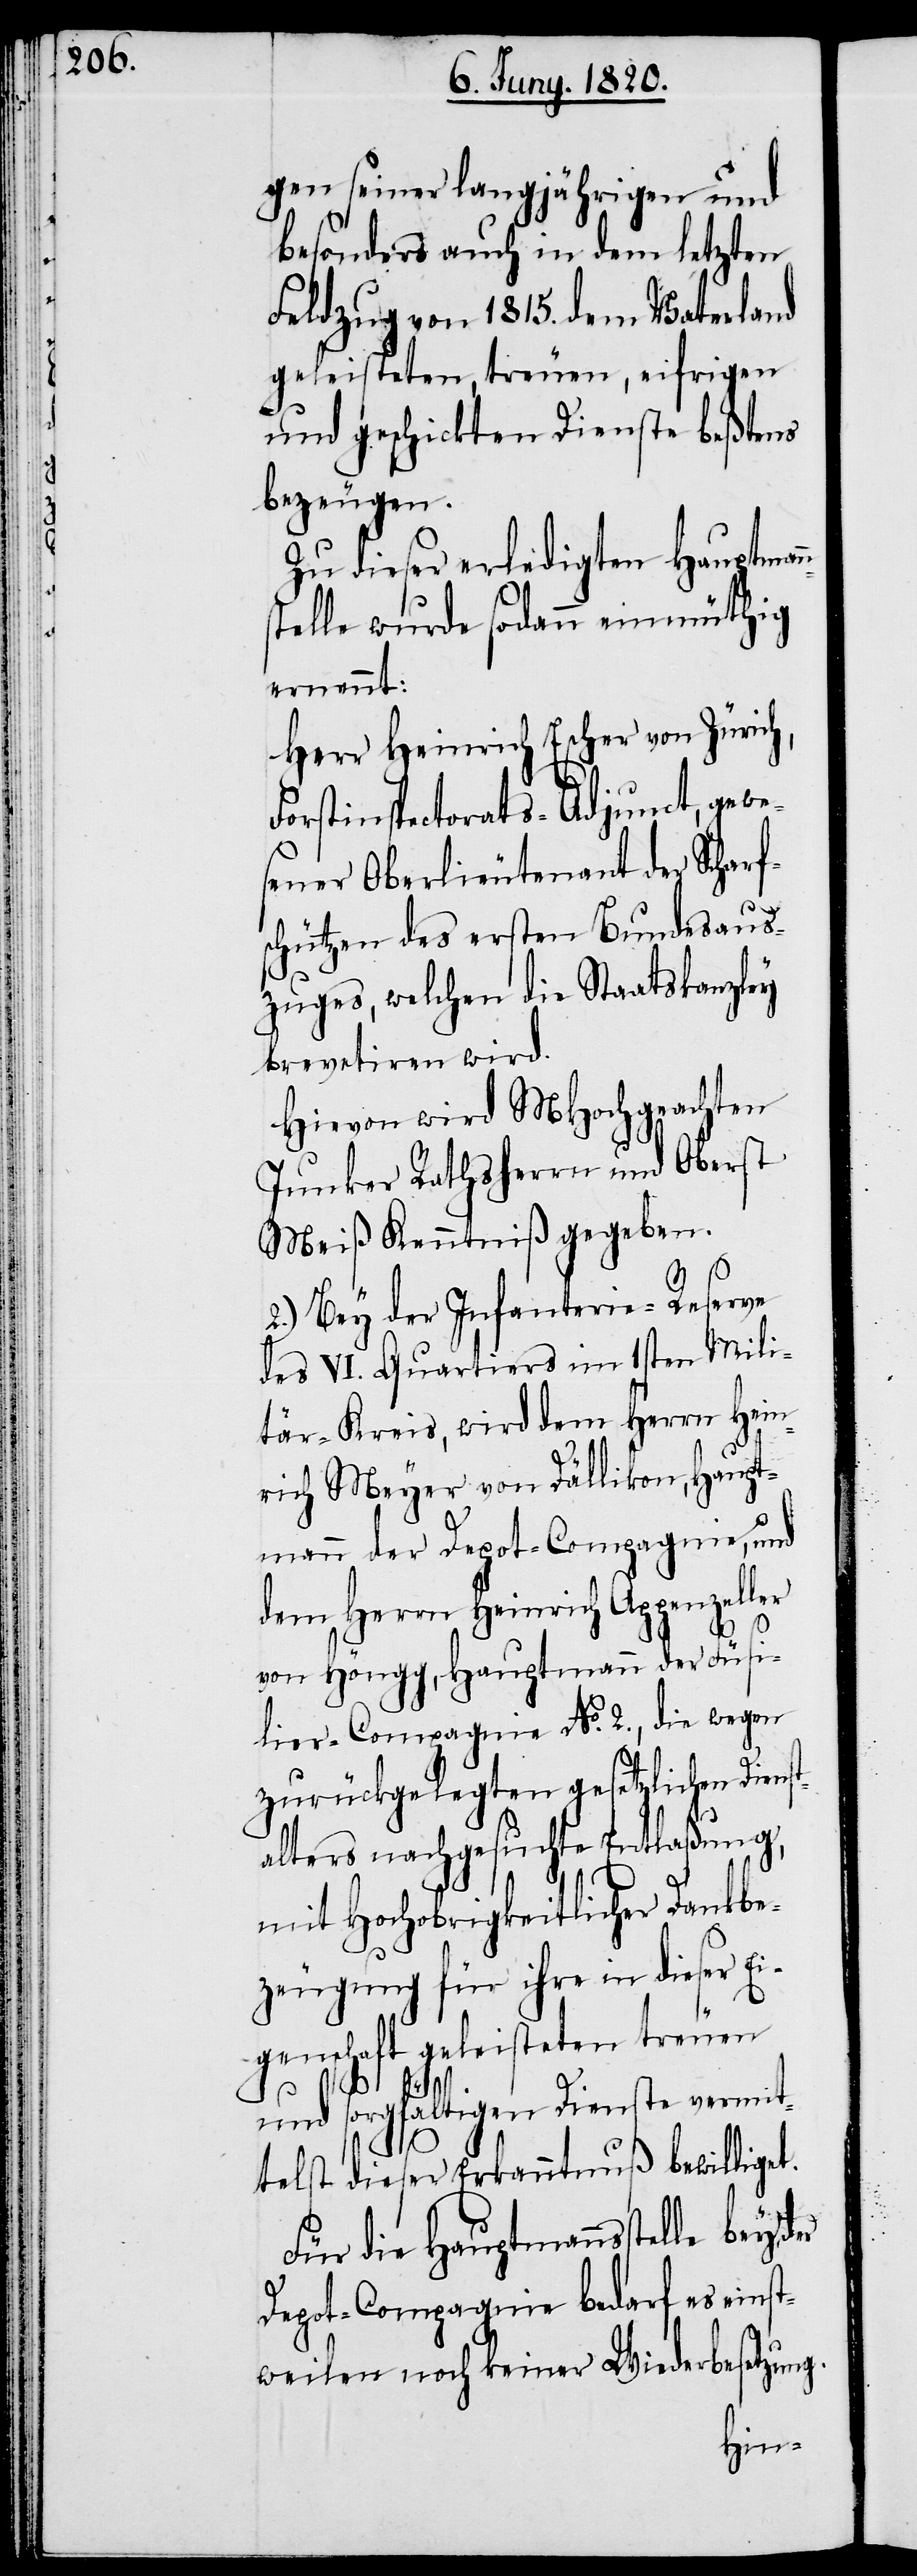
gen seiner langjährigen und
besonders auch in dem letzten
Feldzug von 1815. dem Vaterland
geleisteten, treuen, eifrigen
und geschickten Dienste bestens
bezeugen.
Zu dieser erledigten Hauptman¬
stelle wurde sodann einmüthig
ernannt:
Herr Heinrich Escher von Zürich,
Forstinspectorats-Adjunct, gewe¬
sener Oberlieutenant der Scharf¬
schützen des ersten Bundesaus¬
zuges, welchen die Staatskanzley
brevetiren wird.
Hiervon wird Mhochgeachten
Junker Rathsherrn und Oberst
Meiß Kenntniß gegeben.
2.) Bey der Infanterie-Reserve
des VI. Quartiers im 1sten Mili¬
tär-Kreis, wird dem Herrn Hein¬
rich Meyer von Dällikon, Haupt¬
mann der Depot-Compagnie, und
dem Herrn Heinrich Appenzeller
von Höngg, Hauptmann der Füsi¬
lier-Compagnie No. 2., die wegen
zurückgelegten gesetzlichen Dienst¬
alters nachgesuchte Entlaßung,
mit Hochobrigkeitlicher Dankbe¬
zeugung für ihre in dieser E¬
igenschaft geleisteten treuen
n¬
und sorgfältigen Dienste vermit¬
telst dieser Erkanntnuß bewilliget.
Für die Hauptmannsstelle bey
Depot-Compagnie bedarf es einst¬
weilen noch keiner Wiederbesetzung.